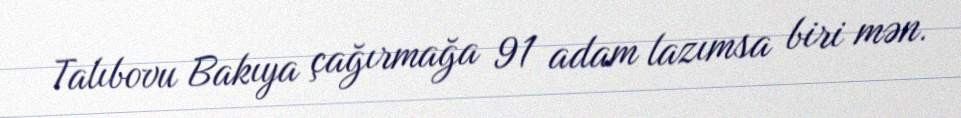
Talıbovu Bakıya çağırmağa 91 adam lazımsa biri mən.